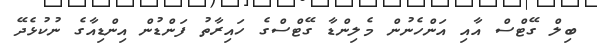
ބިލް ގޭޓްސް އާއި އަންހެނުން މެލިންޑާ ގޭޓްސްގެ ހައިރާތު ފަންޑުން އިންޑިއާގެ ނުކުޅެދޭ